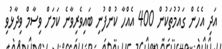
އަދި އެހެން ގައުމުތަކުން 400 އެއްހާ ކުންފުނި ބައިވެރިވާނެ ކަމަށް ވިސާމް ވިދާޅުވި